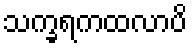
သက္ခရကထလာပိ